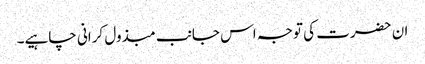
ان حضرت کی توجہ اس جانب مبذول کرانی چاہیے۔